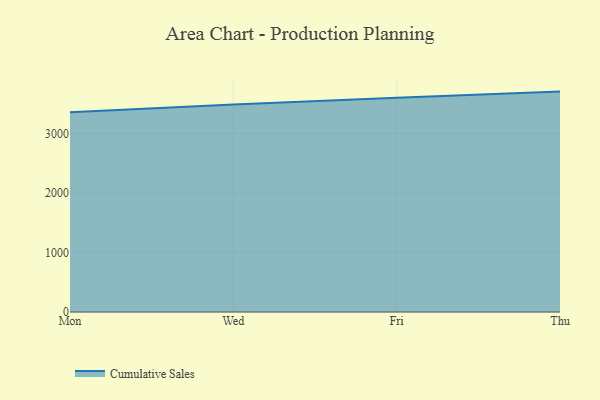
{"axis": {"x": "Day", "y": "Waste Production (Tons)"}, "legend": ["Cumulative Sales"], "data": [{"x": "Mon", "y": 3360.6, "type": "Cumulative Sales"}, {"x": "Wed", "y": 3491.5, "type": "Cumulative Sales"}, {"x": "Fri", "y": 3604.9, "type": "Cumulative Sales"}, {"x": "Thu", "y": 3707.0, "type": "Cumulative Sales"}]}